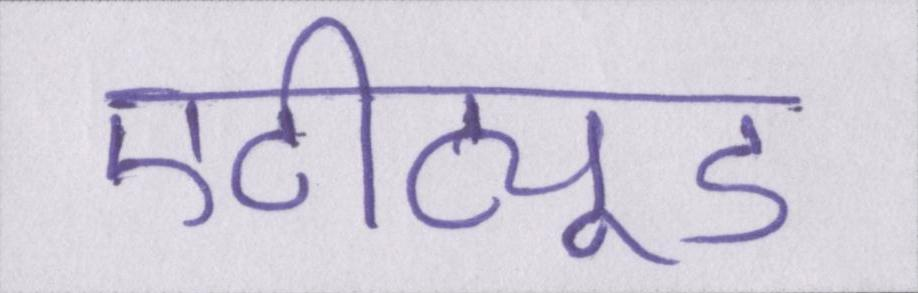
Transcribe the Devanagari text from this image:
एटीट्यूड